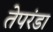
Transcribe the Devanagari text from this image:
तेपरंडा